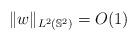
LaTeX: \begin{align*}\|w\|_{L^2(\mathbb{S}^2)} = O (1)\end{align*}